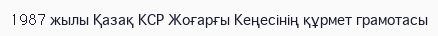
1987 жылы Қазақ КСР Жоғарғы Кеңесінің құрмет грамотасы